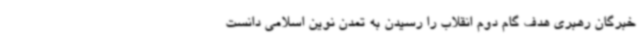
خبرگان رهبری هدف گام دوم انقلاب را رسیدن به تمدن نوین اسلامی دانست